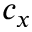
c _ { x }